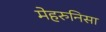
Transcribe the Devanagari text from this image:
मेहरुनिसा